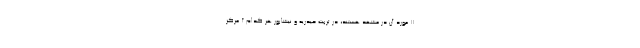
۱۱ مورد آن در مشهد هستند، در تربت حیدریه و نیشابور هر کدام ۲ مرکز